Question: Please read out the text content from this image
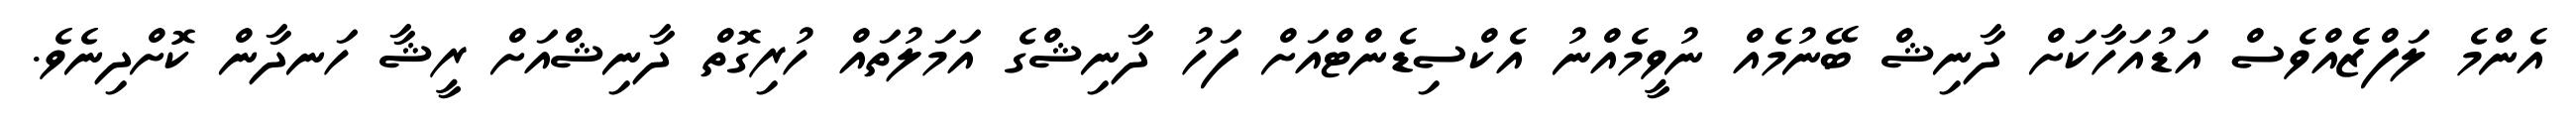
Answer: އެންމެ ލަފްޒެެއްވެސް އަޑުއަހާކަށް ދާނިޝް ބޭނުމެއް ނުވީމެއްނު އެކްސިޑެންޓްއަށް ފަހު ދާނިޝްގެ އަމަލުތައް ހުރިގޮތް ދާނިޝްއަށް ރީޝާ ހަނދާން ކޮށްދިނެވެ.